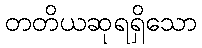
တတိယဆုရရှိသော